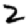
Digit: 2